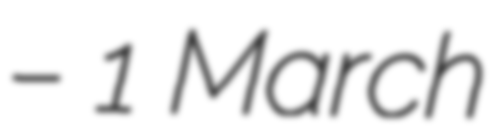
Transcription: – 1 March